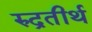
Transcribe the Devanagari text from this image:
रुद्रतीर्थ